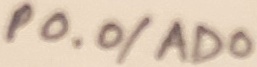
Text: P0.0/AD0